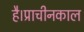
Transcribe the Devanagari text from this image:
है।प्राचीनकाल